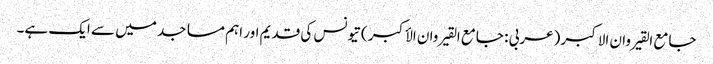
جامع القیروان الاکبر (عربی : جامع القیروان الأکبر ) تیونس کی قدیم اور اہم مساجد میں سے ایک ہے۔